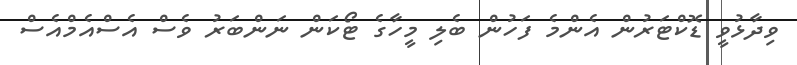
ވިދާޅުވީ ޑޮކްޓަރުން އެންމެ ފަހުން ބެލި މީހާގެ ޓޯކަން ނަންބަރު ވެސް އެސްއެމްއެސް